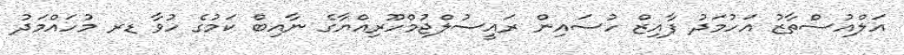
އަލްއުސްތާޒު އަހުމަދު ފާއިޒް ހުސައިން ރައީސުލްޖުމްހޫރިއްޔާގެ ނާއިބް ކަމުގެ ހުވާ ޑރ މުހައްމަދު